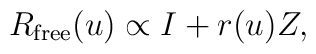
R_{\rm free}(u)\propto I + r(u) Z,